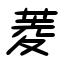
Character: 菱